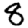
Digit: 8